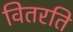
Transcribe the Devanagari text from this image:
वितरति